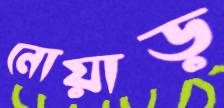
নোয়াড়